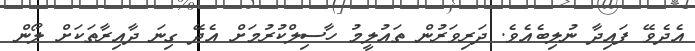
އެދެވޭ ފައިދާ ނުލިބެއެވެ. ދަރިވަރުން ތައުލީމު ހާސިލްކުރުމަށް އެދޭ ގިނަ ދާއިރާތަކަށް ލޯން